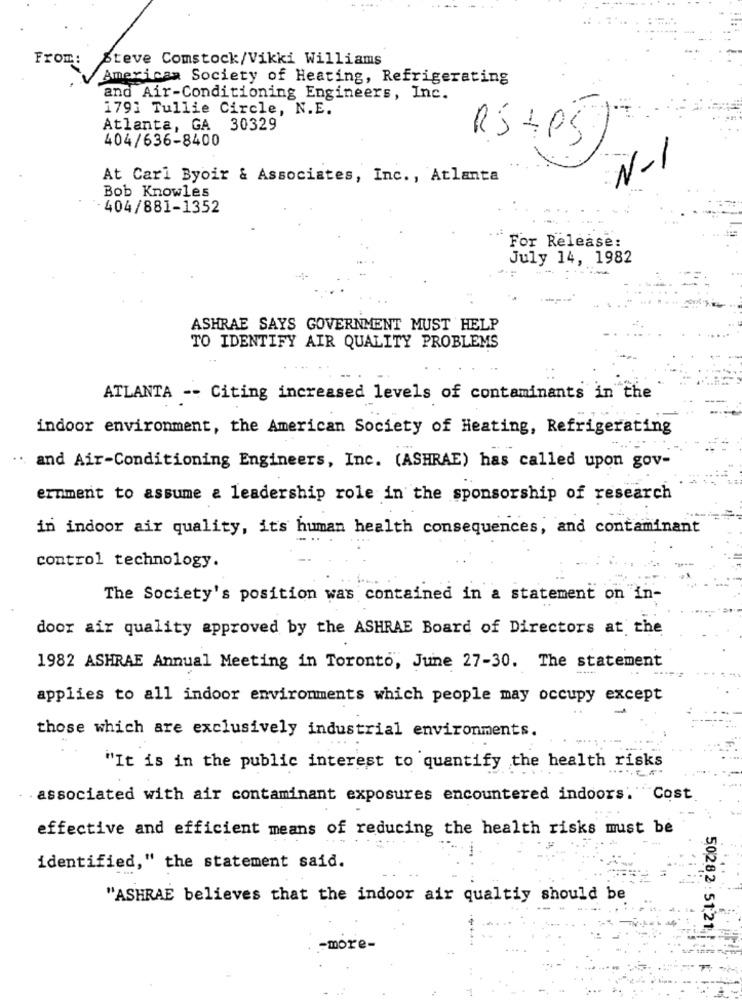
From: Steve Comstock/Vikki Williams
American Society of Heating, Refrigerating
and Air-Conditioning Engineers, Inc.
1791 Tullie Circle, N.E.
Atlanta, GA 30329
404/636-8400
RS+P5
N-1
At Carl Byoir & Associates, Inc ., Atlanta
Bob Knowles
404/881-1352
For Release:
July 14, 1982
ASHRAE SAYS GOVERNMENT MUST HELP
TO IDENTIFY AIR QUALITY PROBLEMS
ATLANTA -- Citing increased levels of contaminants in the
indoor environment, the American Society of Heating, Refrigerating
...
and Air-Conditioning Engineers, Inc. (ASHRAE) has called upon gov-
ernment to assume & leadership role in the sponsorship of research
in indoor air quality, its human health consequences, and contaminant
control technology.
The Society's position was contained in a statement on in-
door air quality approved by the ASHRAE Board of Directors at the
1982 ASHRAE Annual Meeting in Toronto, June 27-30. The statement
applies to all indoor environments which people may occupy except
those which are exclusively industrial environments.
"It is in the public interest to quantify the health risks
associated with air contaminant exposures encountered indoors. "Cost.
effective and efficient means of reducing the health risks must be
identified," the statement said.
"ASHRAE believes that the indoor air qualtiy should be
50282: 51:21|
-more-